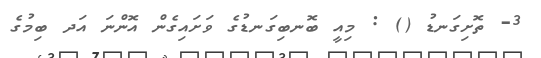
3- ތޮށިގަނޑު () : މިއީ ބޮނބިގަނޑުގެ ވަށައިގެން އޮންނަ އަދ ބިމުގެ